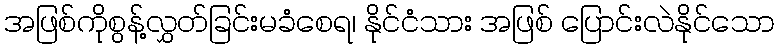
အဖြစ်ကိုစွန့်လွှတ်ခြင်းမခံစေရ၊ နိုင်ငံသား အဖြစ် ပြောင်းလဲနိုင်သော